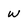
Character: w